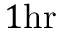
1 \mathrm { h r }